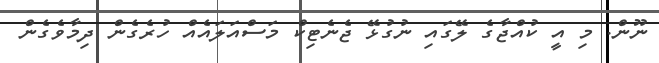
ނޫން. މި އީ ކުއްޖާގެ ލޭގައި ނުގުޅޭ ޖެނެޓިކް މަސްއަލައެއް ހުރެގެން ދިމާވެގެން